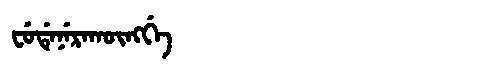
Manchu: ᠸᡠᡩᡝᠨᡝᡵᠠᡴᡡᠩᡤᡝ
Romanization: FUDENERAKŪNGGE